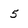
Character: 5